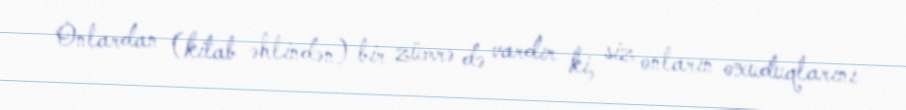
Onlardan (kitab əhlindən) bir zümrə də vardır ki, siz onların oxuduqlarını